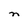
Character: n